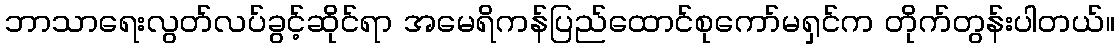
ဘာသာရေးလွတ်လပ်ခွင့်ဆိုင်ရာ အမေရိကန်ပြည်ထောင်စုကော်မရှင်က တိုက်တွန်းပါတယ်။